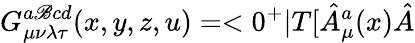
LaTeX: G_{\mu\nu\lambda\tau}^{a\mathscr{B}cd}(x,y,z,u)=<0^{+}|T[\hat{{A}}_{\mu}^{a}(x)\hat{{A}}